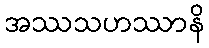
အဿသဟဿာနိ